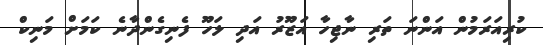
ކުރިއަރަމުން އަންނަ ތަރި ނާޖިހާ އަޒޫރު އަދި ލަހޫ ފެނިގެންދާނެ ކަމަށް މަނިކް